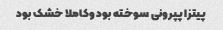
پیتزا پپرونی سوخته بود وکاملا خشک بود